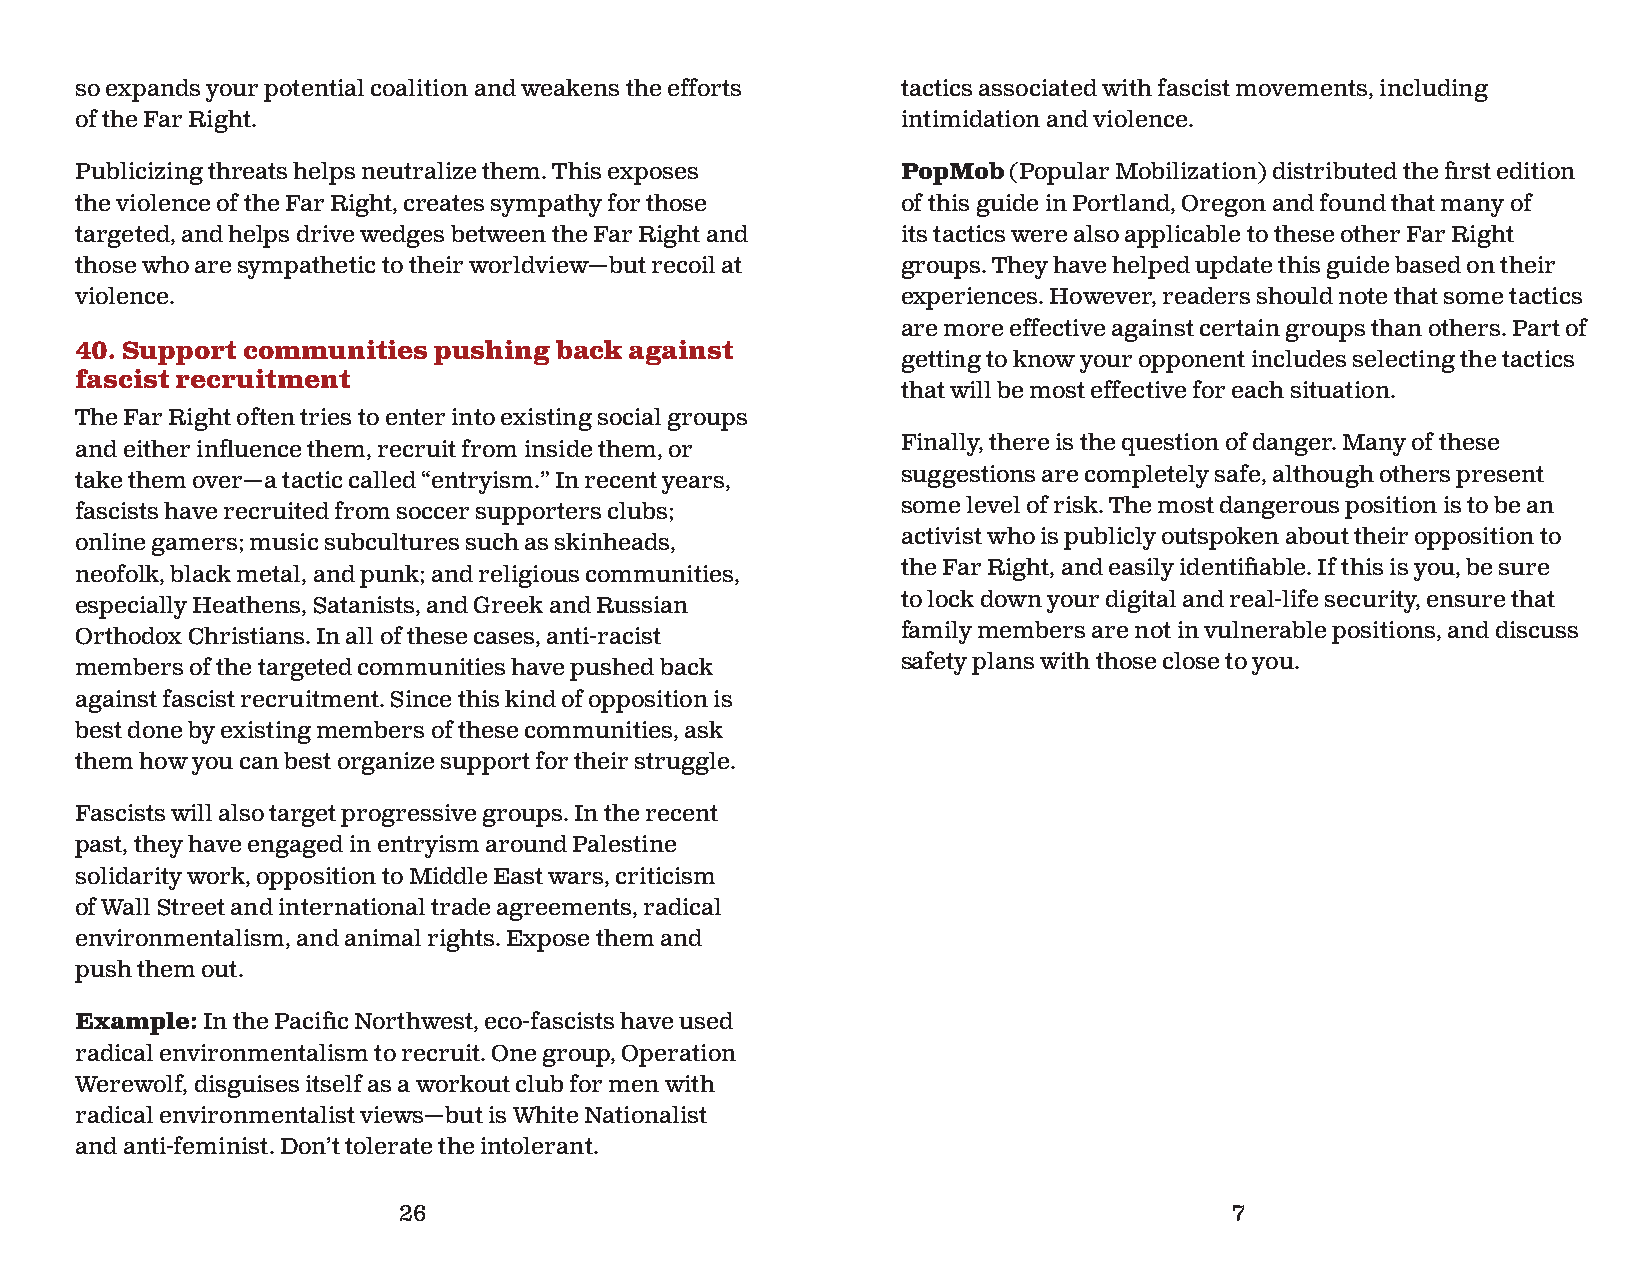
so expands your potential coalition and weakens the efforts tactics associated with fascist movements, including
 of the Far Right.                                      intimidation and violence.
 Publicizing threats helps neutralize them. This exposes PopMob (Popular Mobilization) distributed the fi rst edition
 the violence of the Far Right, creates sympathy for those of this guide in Portland, Oregon and found that many of
 targeted, and helps drive wedges between the Far Right and its tactics were also applicable to these other Far Right
 those who are sympathetic to their worldview—but recoil at groups. They have helped update this guide based on their
 violence.                                              experiences. However, readers should note that some tactics
 are more effective against certain groups than others. Part of
 40. Support communities pushing back against
 getting to know your opponent includes selecting the tactics
 fascist recruitment
 that will be most effective for each situation.
 The Far Right often tries to enter into existing social groups
 Finally, there is the question of danger. Many of these
 and either infl uence them, recruit from inside them, or
 suggestions are completely safe, although others present
 take them over—a tactic called “entryism.” In recent years,
 some level of risk. The most dangerous position is to be an
 fascists have recruited from soccer supporters clubs;
 activist who is publicly outspoken about their opposition to
 online gamers; music subcultures such as skinheads,
 the Far Right, and easily identifiable. If this is you, be sure
 neofolk, black metal, and punk; and religious communities,
 to lock down your digital and real-life security, ensure that
 especially Heathens, Satanists, and Greek and Russian
 family members are not in vulnerable positions, and discuss
 Orthodox Christians. In all of these cases, anti-racist
 safety plans with those close to you.
 members of the targeted communities have pushed back
 against fascist recruitment. Since this kind of opposition is
 best done by existing members of these communities, ask
 them how you can best organize support for their struggle.
 Fascists will also target progressive groups. In the recent
 past, they have engaged in entryism around Palestine
 solidarity work, opposition to Middle East wars, criticism
 of Wall Street and international trade agreements, radical
 environmentalism, and animal rights. Expose them and
 push them out.
 Example: In the Pacifi c Northwest, eco-fascists have used
 radical environmentalism to recruit. One group, Operation
 Werewolf, disguises itself as a workout club for men with
 radical environmentalist views—but is White Nationalist
 and anti-feminist. Don’t tolerate the intolerant.
 26                                                     7